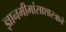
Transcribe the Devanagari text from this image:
ज्ञानमीमांसाशास्त्राने